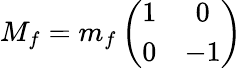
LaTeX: M_{f}=m_{f}\left(\begin{array}{cc}{{1}}&{{0}}\\ {{0}}&{{-1}}\end{array}\right)